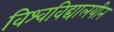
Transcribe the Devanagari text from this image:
विश्वविद्यालयीन